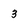
Character: 3